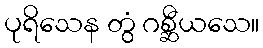
ပုရိသေန တွံ ဂစ္ဆီယသေ။